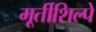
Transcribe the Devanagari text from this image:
मूर्तीशिल्पे